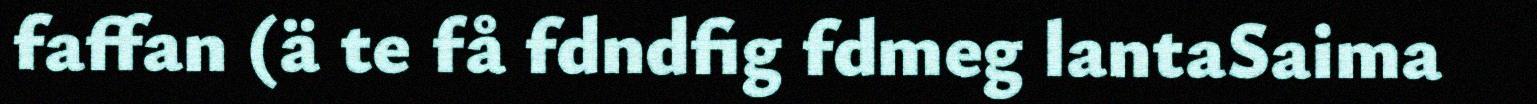
faffan (ä te få fdndfig fdmeg lantaSaima